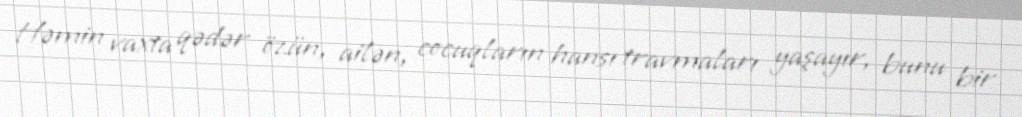
Həmin vaxta qədər özün, ailən, cocuqların hansı travmaları yaşayır, bunu bir